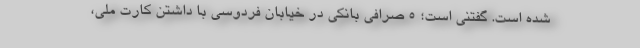
شده است. گفتنی است؛ ۵ صرافی بانکی در خیابان فردوسی با داشتن کارت ملی،